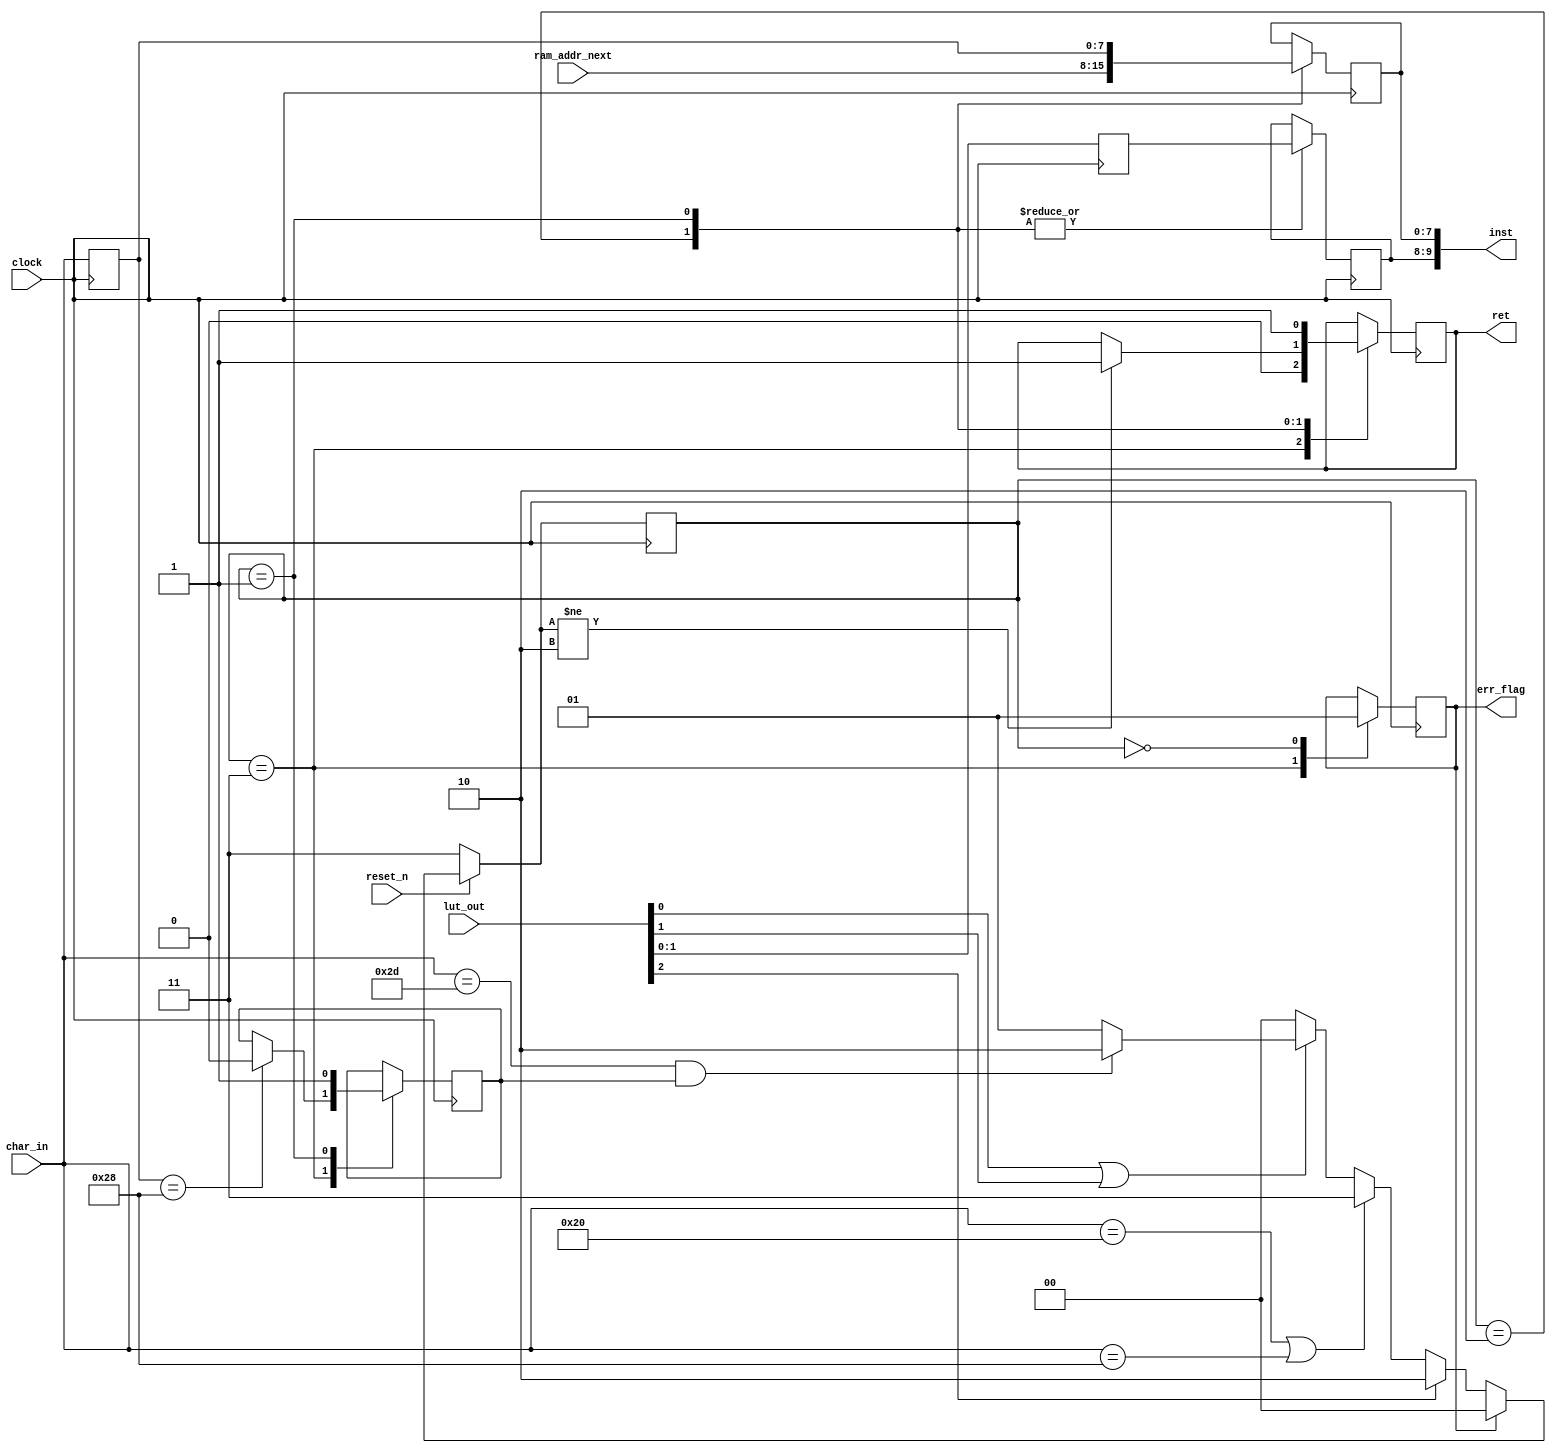
module lexer (
    ret,
    char_in,
    inst,
    lut_out,
    ram_addr_next,
    clock,
    reset_n,
    err_flag
);


output ret;
reg ret;
input [7:0] char_in;
output [9:0] inst;
wire [9:0] inst;
input [2:0] lut_out;
input [7:0] ram_addr_next;
input clock;
input reset_n;
output err_flag;
reg err_flag;

reg [7:0] char_buffer;
reg expect_val;
reg [7:0] i_body_buffer;
reg [1:0] i_mask_buffer;
wire [9:0] inst_wire;
wire is_digit;
reg [2:0] lut_buffer;
wire op_valid;
reg [1:0] state;
reg [1:0] state_next;

assign inst_wire[10-1:8] = i_mask_buffer;
assign inst_wire[8-1:0] = i_body_buffer;


always @(posedge clock) begin: LEXER_CTRL_SIGNALS
    char_buffer <= char_in;
    lut_buffer <= lut_out;
    case (state)
        2'b11: begin
            err_flag <= 0;
            ret <= 0;
            if ((char_buffer == 40)) begin
                expect_val <= 0;
            end
        end
        2'b10: begin
            i_body_buffer <= ram_addr_next[8-1:0];
            i_mask_buffer <= lut_buffer[2-1:0];
            if ((state_next != 2'b10)) begin
                ret <= 1;
            end
        end
        2'b01: begin
            i_body_buffer <= char_buffer;
            i_mask_buffer <= lut_buffer[2-1:0];
            expect_val <= 1;
            ret <= 1;
        end
        2'b00: begin
            err_flag <= 1;
        end
    endcase
    state <= state_next;
end


always @(reset_n, err_flag, is_digit, char_in, op_valid, expect_val) begin: LEXER_STATE_TABLE
    if ((reset_n == 0)) begin
        state_next = 2'b11;
    end
    else if ((err_flag == 1)) begin
        state_next = 2'b00;
    end
    else if ((is_digit == 1)) begin
        state_next = 2'b10;
    end
    else if (((char_in == 32) || (char_in == 40))) begin
        state_next = 2'b11;
    end
    else if ((op_valid == 1)) begin
        if (((char_in == 45) && expect_val)) begin
            state_next = 2'b10;
        end
        else begin
            state_next = 2'b01;
        end
    end
    else begin
        state_next = 2'b00;
    end
end



assign op_valid = (lut_out[0] || lut_out[1]);
assign is_digit = lut_out[2];



assign inst = inst_wire[10-1:0];

endmodule